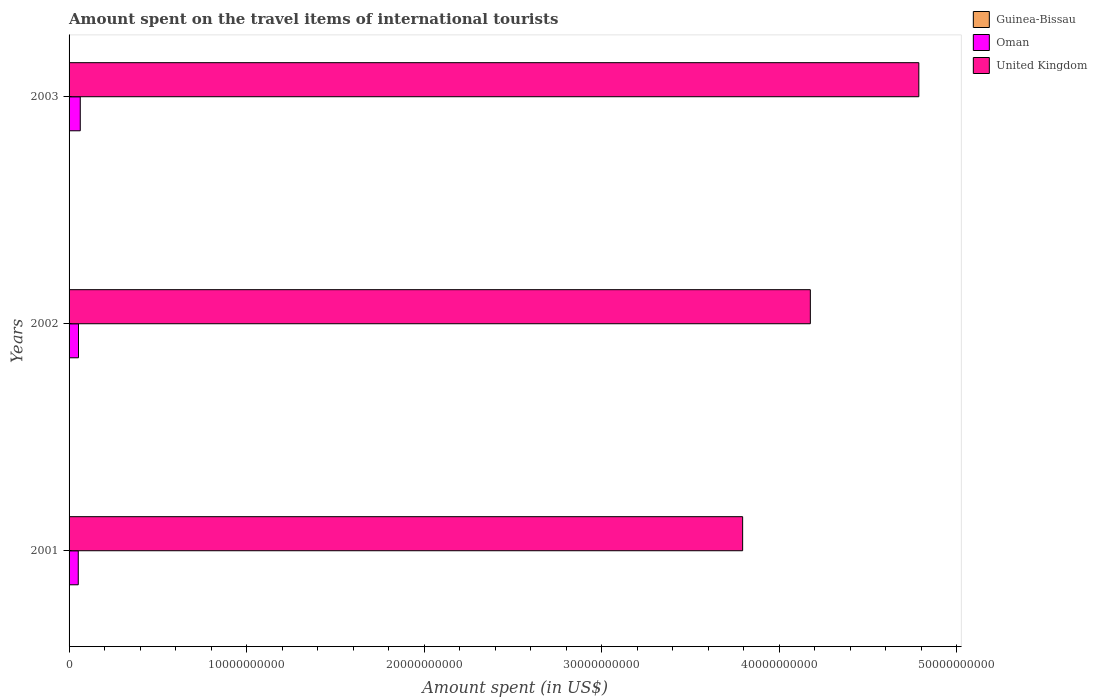
| Years | Guinea-Bissau | Oman | United Kingdom |
 | --- | --- | --- | --- |
 | 2001 | 2.8e+06 | 5.18e+08 | 3.79e+10 |
 | 2002 | 5.1e+06 | 5.3e+08 | 4.17e+10 |
 | 2003 | 1.33e+07 | 6.3e+08 | 4.79e+10 |